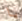
يا